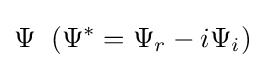
\Psi \;\;(\Psi ^{*}=\Psi _{r}-i\Psi _{i})